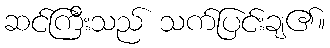
ဆင်ကြီးသည် သက်ပြင်းချ၏။